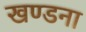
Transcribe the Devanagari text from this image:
खण्डना